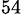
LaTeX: _{54}